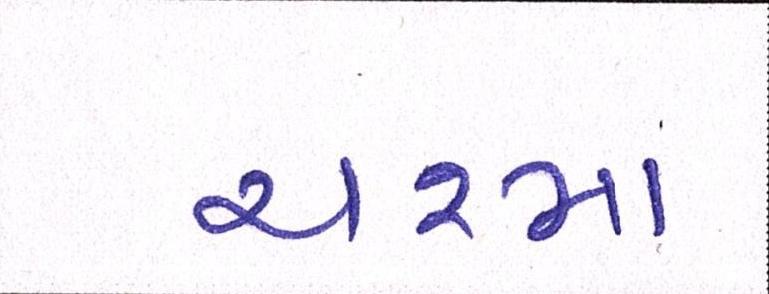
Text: ચશ્મા